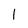
Character: 1